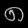
Digit: ၈